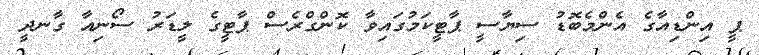
ޕީ އިންޑިއާގެ އެންމެބޮޑު ސިޔާސީ ޕާޓީކަމުގައިވާ ކޮންގްރެސް ޕާޓީގެ ލީޑަރު ސޯނިއާ ގާނދީ